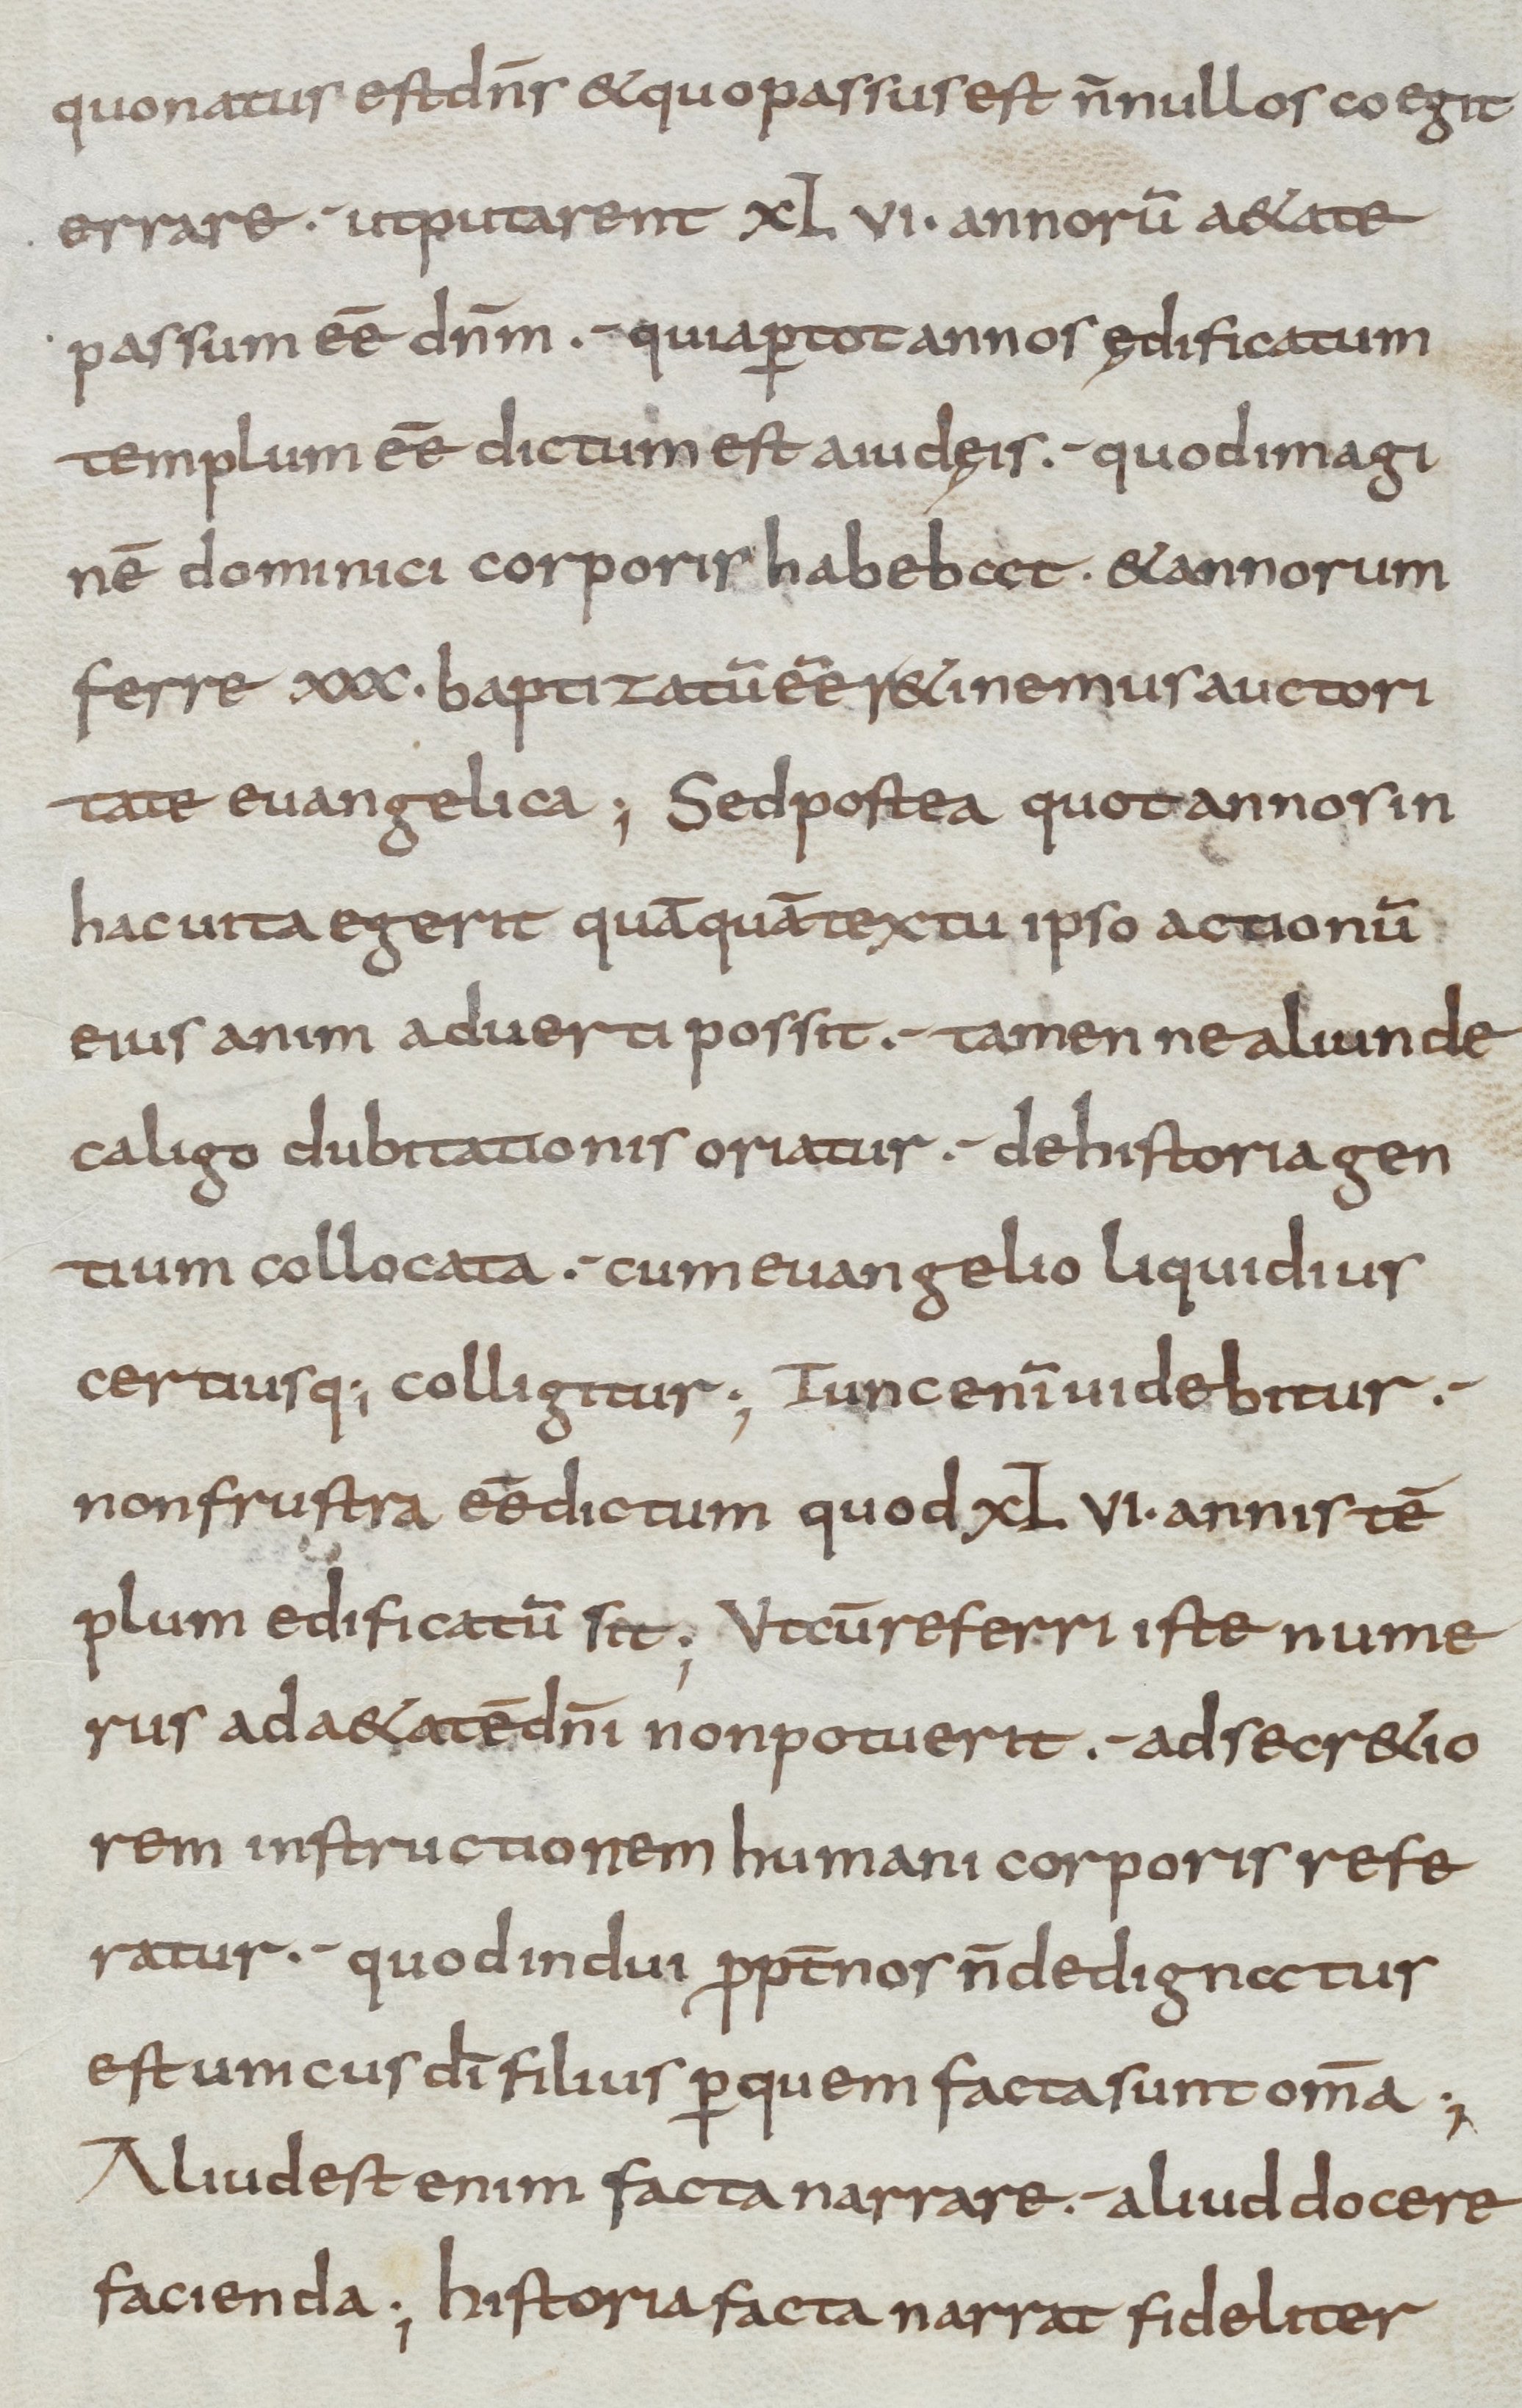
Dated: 800–899